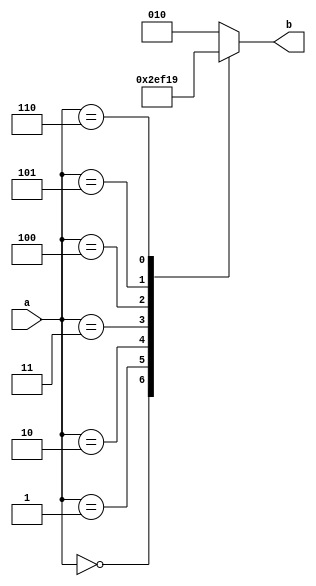
module  sbox ( a, b );
    
    input [2:0]  a ;
    output [2:0]  b ;


    reg [2:0] b;


    
       
   always @ (a ) // begin 
           case (a)
               3'b000 : 
                       b <= 3'b000;
               3'b001 : 
                       b <= 3'b101;
               3'b010 : 
                       b <= 3'b110;
               3'b011 : 
                       b <= 3'b111;
               3'b100 : 
                       b <= 3'b100;
               3'b101 : 
                       b <= 3'b011;
               3'b110 : 
                       b <= 3'b001;
               default : 
                       b <= 3'b010;
           endcase
   // end always 
    

endmodule